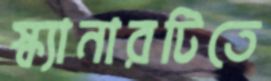
স্ক্যানারটিতে